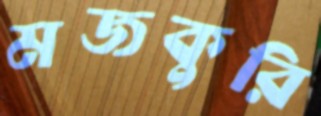
মজকুরি